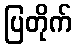
ပြတိုက်